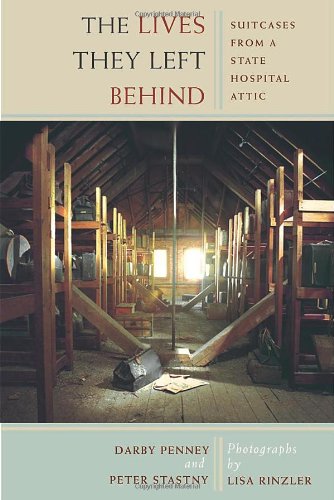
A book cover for The Lives They Left Behind: Suitcases from a State Hospital Attic; Darby Penney; Parenting & Relationships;